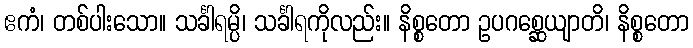
ဧကံ၊ တစ်ပါးသော။ သင်္ခါရမ္ပိ၊ သင်္ခါရကိုလည်း။ နိစ္စတော ဥပဂစ္ဆေယျာတိ၊ နိစ္စတော